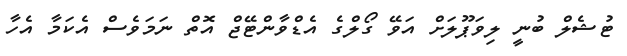
ޓުޝެލް ބުނީ ލިވަޕޫލަށް އަވޭ ގޯލްގެ އެޑްވާންޓޭޖް އޮތް ނަމަވެސް އެކަމާ އެހާ